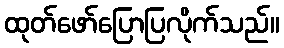
ထုတ်ဖော်ပြောပြလိုက်သည်။